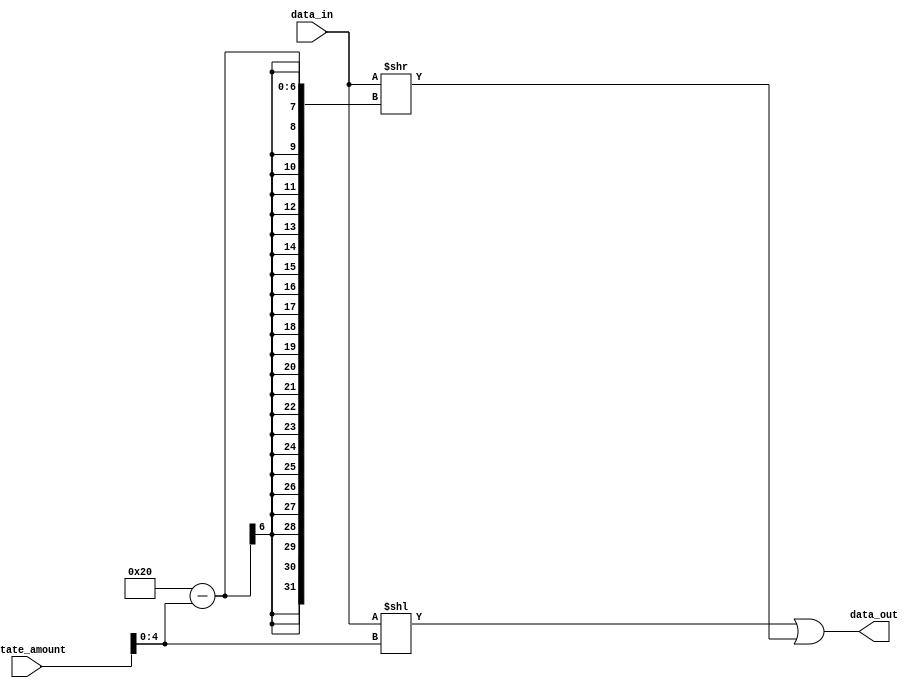
module rotate_left(
	input [31:0] data_in,
	input [31:0] rotate_amount,
	output [31:0] data_out
);

assign data_out = (data_in << rotate_amount[4:0]) | (data_in >> (32 - rotate_amount[4:0])); //max rotate amount is 5 bits for 32 bit values

endmodule